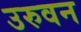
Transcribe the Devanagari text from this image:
उरुवन